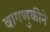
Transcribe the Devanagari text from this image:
वागणुकीने